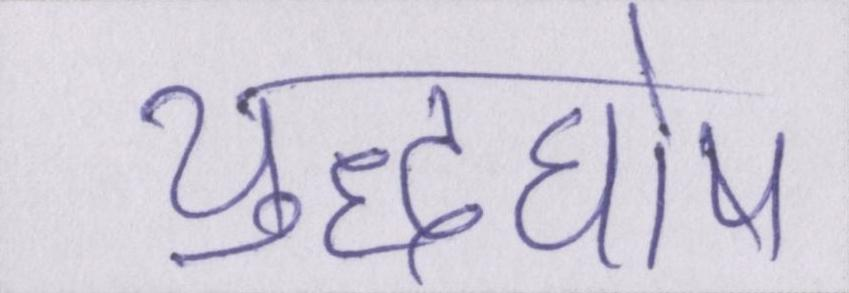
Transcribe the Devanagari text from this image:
युद्धघोष